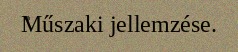
Műszaki jellemzése.